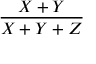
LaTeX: \frac { X + Y } { X + Y + Z }